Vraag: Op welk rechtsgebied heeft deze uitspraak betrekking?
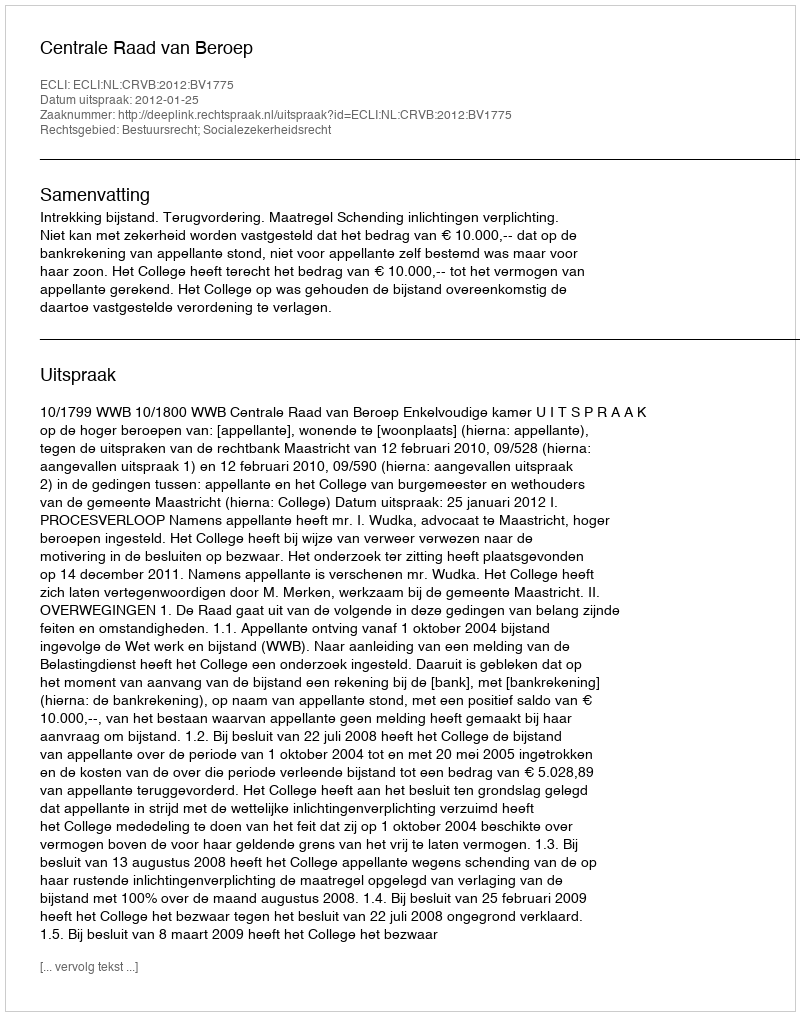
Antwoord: Bestuursrecht; Socialezekerheidsrecht